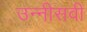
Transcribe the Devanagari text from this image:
उन्‍नीसवी